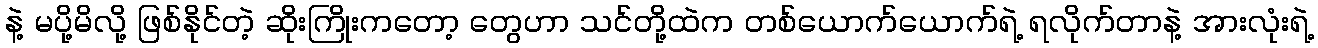
နဲ့ မပို့မိလို့ ဖြစ်နိုင်တဲ့ ဆိုးကြိုးကတော့ တွေဟာ သင်တို့ထဲက တစ်ယောက်ယောက်ရဲ့ ရလိုက်တာနဲ့ အားလုံးရဲ့